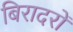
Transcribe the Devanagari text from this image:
बिरादरों